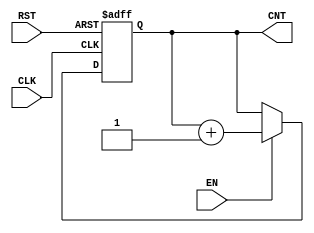
module dynamic_asynchronous_counter #(
    parameter WIDTH = 4  // Define the width of the counter
)(
    input wire CLK,      // Clock input
    input wire RST,      // Asynchronous reset input
    input wire EN,       // Enable input
    output reg [WIDTH-1:0] CNT // Counter output
);

// Asynchronous reset logic
always @(posedge CLK or posedge RST) begin
    if (RST) begin
        CNT <= 0; // Reset the counter to zero
    end else if (EN) begin
        CNT <= CNT + 1; // Increment the counter
    end
end

endmodule